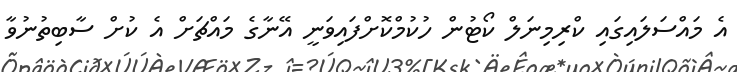
އެ މައްސަލައިގައި ކްރިމިނަލް ކޯޓުން ހުކުމްކޮށްފައިވަނީ އޭނާގެ މައްޗަށް އެ ކުށް ސާބިތުނުވާ